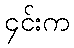
၄င်းက